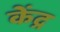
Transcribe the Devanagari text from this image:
केंद्र